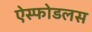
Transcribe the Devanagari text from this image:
ऐस्फोडलस